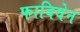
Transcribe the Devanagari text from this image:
फाबियेन